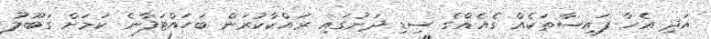
އަދި އެހާ ފައިސާތަކެއް ގެއެއްގެ ސިޑި ދަށުގައި ރައްކާކުރަން ބަހައްޓަފާނެ ކަމަށް ގަބޫލު